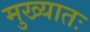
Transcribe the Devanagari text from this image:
मुख्यातः